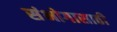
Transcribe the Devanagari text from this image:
संभोगासाठी